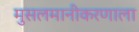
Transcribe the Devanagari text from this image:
मुसलमानीकरणाला